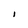
Character: I